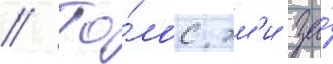
// Го́лос эм'и за́